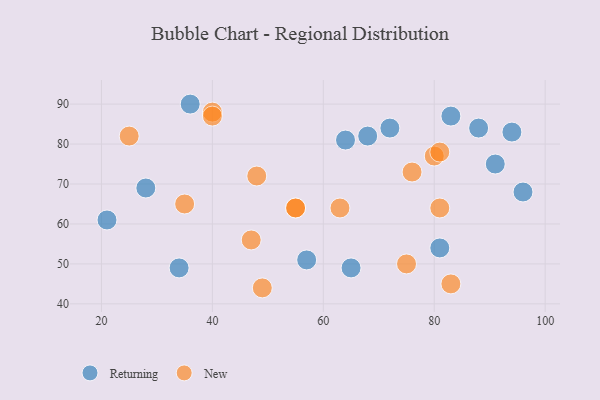
{"axis": {"x": "GDP", "y": "Life Expectancy"}, "legend": ["New", "Returning"], "data": [{"x": "88", "y": 84, "type": "Returning"}, {"x": "36", "y": 90, "type": "Returning"}, {"x": "81", "y": 54, "type": "Returning"}, {"x": "57", "y": 51, "type": "Returning"}, {"x": "34", "y": 49, "type": "Returning"}, {"x": "21", "y": 61, "type": "Returning"}, {"x": "91", "y": 75, "type": "Returning"}, {"x": "96", "y": 68, "type": "Returning"}, {"x": "65", "y": 49, "type": "Returning"}, {"x": "72", "y": 84, "type": "Returning"}, {"x": "28", "y": 69, "type": "Returning"}, {"x": "68", "y": 82, "type": "Returning"}, {"x": "83", "y": 87, "type": "Returning"}, {"x": "64", "y": 81, "type": "Returning"}, {"x": "94", "y": 83, "type": "Returning"}, {"x": "76", "y": 73, "type": "New"}, {"x": "55", "y": 64, "type": "New"}, {"x": "81", "y": 64, "type": "New"}, {"x": "80", "y": 77, "type": "New"}, {"x": "40", "y": 88, "type": "New"}, {"x": "81", "y": 78, "type": "New"}, {"x": "75", "y": 50, "type": "New"}, {"x": "25", "y": 82, "type": "New"}, {"x": "35", "y": 65, "type": "New"}, {"x": "63", "y": 64, "type": "New"}, {"x": "49", "y": 44, "type": "New"}, {"x": "48", "y": 72, "type": "New"}, {"x": "55", "y": 64, "type": "New"}, {"x": "83", "y": 45, "type": "New"}, {"x": "40", "y": 87, "type": "New"}, {"x": "47", "y": 56, "type": "New"}]}